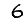
Digit: 6